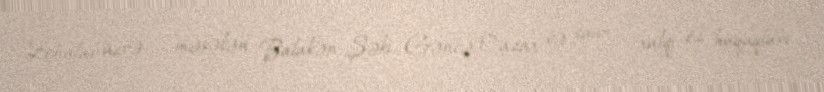
Zonalar üzrə - məsələn, Balakən-Şəki, Gəncə-Qazax və sair - xalqı öz hüquqları